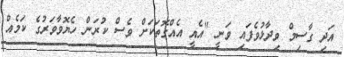
އަދި ގާސިމް ވިދާޅުވެފައި ވަނީ "އެއީ އެއްގޮތަކަށް ވެސް ކުރަން ހެޔޮވާވަރުގެ ކަމެއް